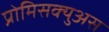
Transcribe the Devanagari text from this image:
प्रोमिसक्युअस